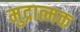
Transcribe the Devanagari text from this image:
मुद्रात्मक